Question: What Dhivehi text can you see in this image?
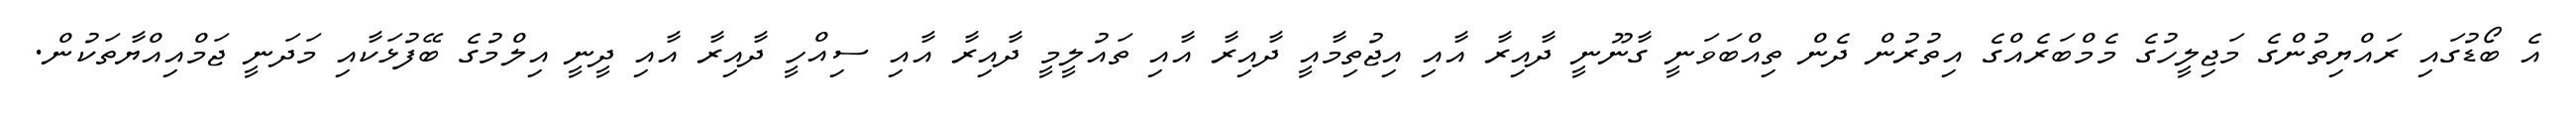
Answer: އެ ބޯޑުގައި ރައްޔިތުންގެ މަޖިލީހުގެ މެމްބަރެއްގެ އިތުރުން ދެން ތިއްބަވަނީ ގާނޫނީ ދާއިރާ އާއި އިޖުތިމާއީ ދާއިރާ އާއި ތައުލީމީ ދާއިރާ އާއި ސިއްހީ ދާއިރާ އާއި ދީނީ އިލްމުގެ ބޭފުޅަކާއި މަދަނީ ޖަމްއިއްޔާތަކުން.